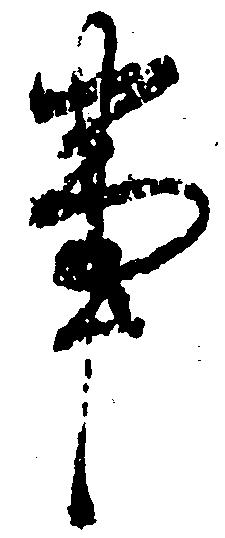
事